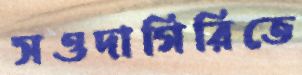
সওদাগিরিতে